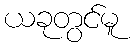
ယခုတွင်မူ